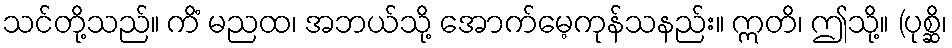
သင်တို့သည်။ ကိံ မညထ၊ အဘယ်သို့ အောက်မေ့ကုန်သနည်း။ ဣတိ၊ ဤသို့။ (ပုစ္ဆိ၊